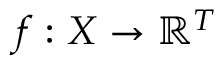
f : X \to \mathbb { R } ^ { T }